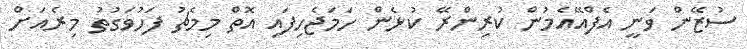
ސުޒޭން ވަނީ އެފްއޭއެމުން ކުރިންރޭ ކުޅެން ހަމަޖެހިފައި އޮތް މިމެޗު ފަހުވަގުތު މިރެއަށް